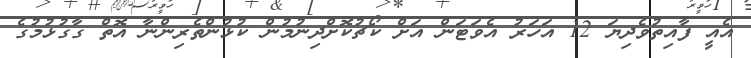
އެއީ ފާއިތުވެދިޔަ 12 އަހަރު އެވަޓަން އަށް ކޯޗުކޮށްދިނުމުން ކުޅުންތެރިންނާ އޮތް ގާގުޅުމުގެ